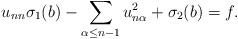
LaTeX: \begin{align*}u_{nn} \sigma_1 (b) - \sum_{\alpha \leq n-1} u_{n \alpha}^2 + \sigma_2 (b) = f.\end{align*}